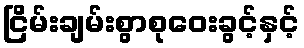
ငြိမ်းချမ်းစွာစုဝေးခွင့်နှင့်